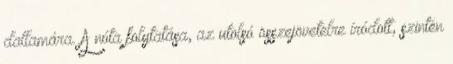
dallamára. A nóta folytatása, az utolsó összejövetelre íródott, szintén